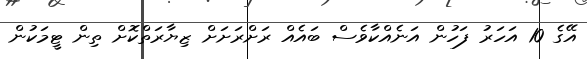
އޭގެ 10 އަހަރު ފަހުން އަނެއްކާވެސް ބައެއް ރަށްރަށަށް ޒިޔާރަތްކޮށް ތިން ޓީމަކުން